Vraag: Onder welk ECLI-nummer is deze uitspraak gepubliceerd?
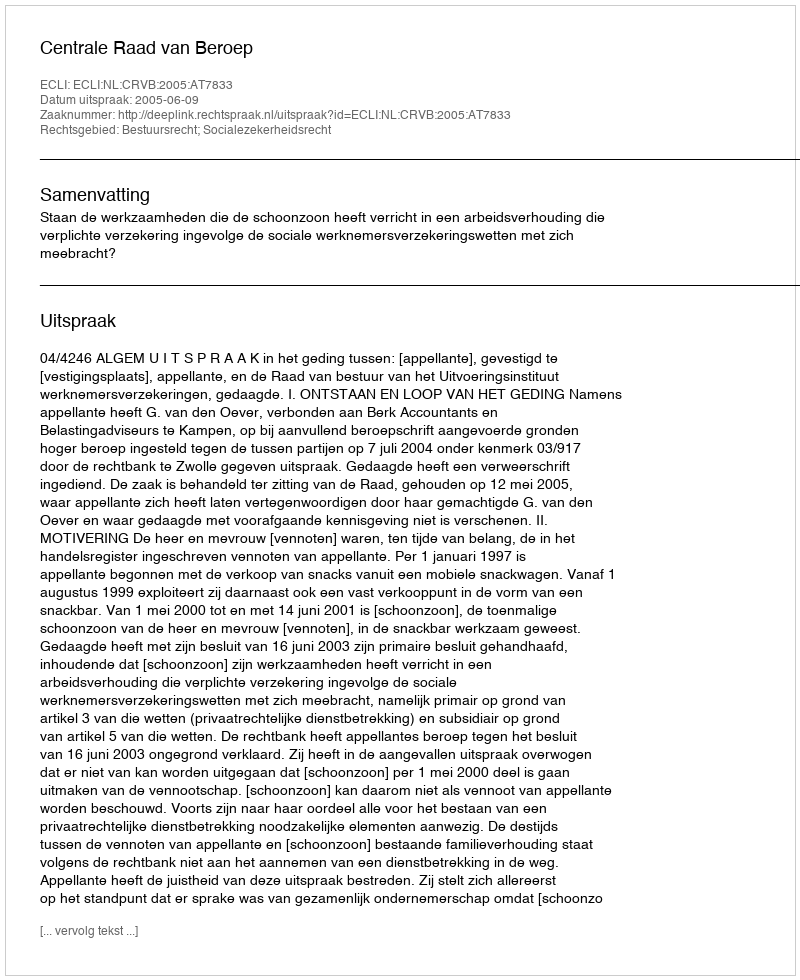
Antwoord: ECLI:NL:CRVB:2005:AT7833